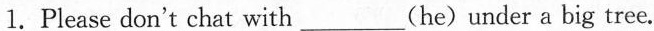
1.Please don't chat with___(he)under a big tree.